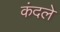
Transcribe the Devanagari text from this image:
कंदले